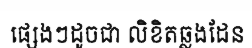
ផ្សេងៗដូចជា លិខិតឆ្លងដែន